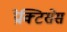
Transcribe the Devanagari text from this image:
प्रेक्टिसेस